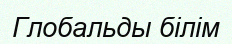
Глобальды білім